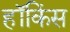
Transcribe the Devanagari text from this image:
हॉकिंस